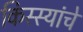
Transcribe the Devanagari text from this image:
किस्स्यांचे